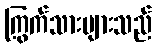
ကြွက်သားများသည်